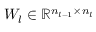
W _ { l } \in \mathbb { R } ^ { n _ { l - 1 } \times n _ { l } }